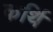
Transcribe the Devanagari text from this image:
कर्थि